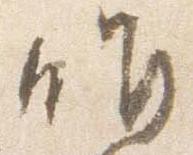
昨